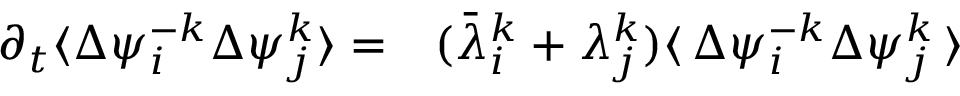
\begin{array} { r l } { \partial _ { t } \langle \Delta { { \psi } _ { i } ^ { - k } } \Delta { \psi } _ { j } ^ { k } \rangle = } & { { } ( \bar { \lambda } _ { i } ^ { k } + \lambda _ { j } ^ { k } ) \langle \, \Delta \psi _ { i } ^ { - k } \Delta \psi _ { j } ^ { k } \, \rangle } \end{array}